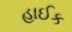
હાઈક